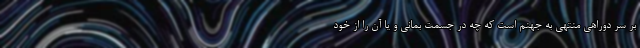
بر سر دوراهی منتهی به جهنم است که چه در جسمت بمانی و یا آن را از خود